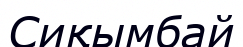
Сиқымбай